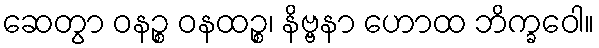
ဆေတွာ ဝနဉ္စ ဝနထဉ္စ၊ နိဗ္ဗနာ ဟောထ ဘိက္ခဝေါ။